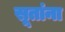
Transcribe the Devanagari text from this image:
सूतांना